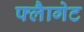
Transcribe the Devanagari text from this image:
फ्लैागेट